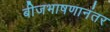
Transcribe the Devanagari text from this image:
बीजभाषणानंतर